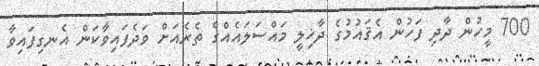
700 މީހުން ދާދި ފަހުން އެޤައުމުގެ ދާޚިލީ މައްސަލައެއްގެ ތެރެއަށް ވަދެފައިވާކަން އެނގިފައިވާ